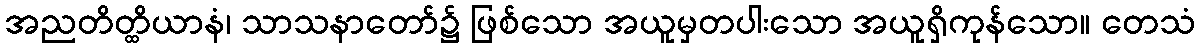
အညတိတ္ထိယာနံ၊ သာသနာတော်၌ ဖြစ်သော အယူမှတပါးသော အယူရှိကုန်သော။ တေသံ